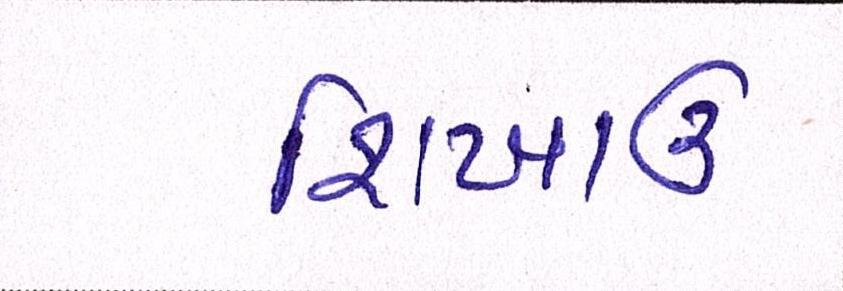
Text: શિખાઉ